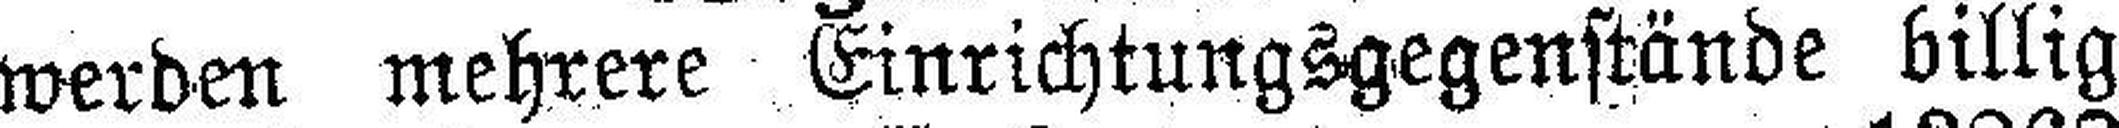
werden mehrere Einrichtungsgegenstände billig